Note on the mental hospitals in Burma - 1925-1940
Year: 1925
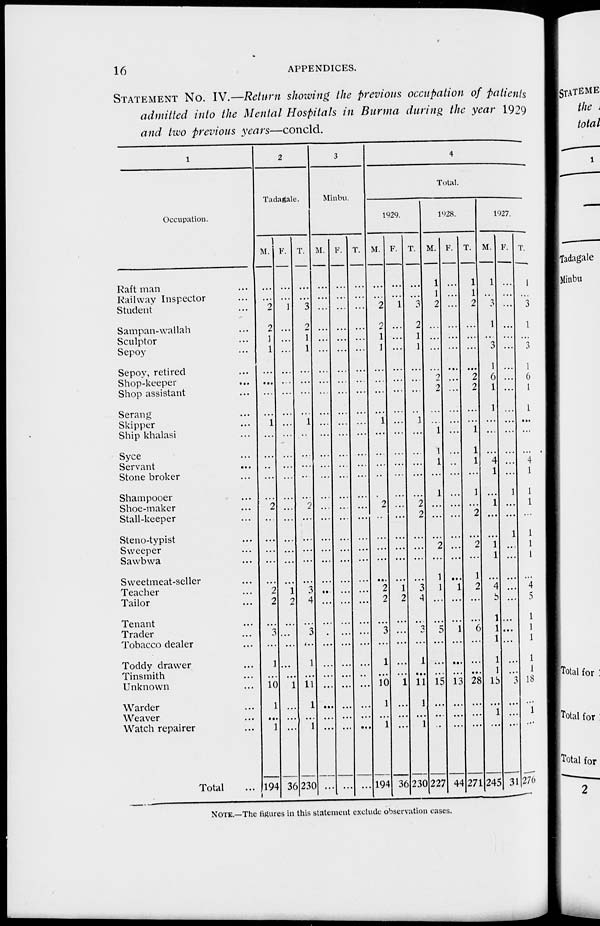
16
APPENDICES.
STATEMENT No. IV.—Return showing the previous occupation of patients
admitted into the Mental Hospitals in Burma during the year 1929
and two previous years—concld.
1
Occupation.
Raft man ...
Railway Inspector ...
Student ...
Sampan-wallah ...
Sculptor ...
Sepoy ...
Sepoy, retired ...
Shop-keeper ...
Shop assistant ...
Serang ...
Skipper ...
Ship khalasi ...
Syce ...
Servant ...
Stone broker ...
Shampooer ...
Shoe-maker ...
Stall-keeper ...
Steno-typist ...
Sweeper ...
Sawbwa ...
Sweetmeat-seller ...
Teacher ...
Tailor ...
Tenant ...
Trader ...
Tobacco dealer ...
Toddy drawer ...
Tinsmith ...
Unknown ...
Warder ...
Weaver ...
Watch repairer ...
Total
...
2
Tadagale.
M.
...
...
2
2
1
1
...
...
...
...
1
...
...
...
...
...
2
...
...
...
...
...
2
2
...
3
...
1
...
10
1
...
1
194
F.
...
...
1
...
...
...
...
...
...
...
...
...
...
...
...
...
...
...
...
...
...
...
1
2
...
...
...
...
...
1
...
...
...
36
T.
...
...
3
2
1
1
...
...
...
...
1
...
...
...
...
...
2
...
...
...
...
...
3
4
...
3
...
1
...
11
1
...
1
230
3
Minbu.
M.
...
...
...
...
...
...
...
...
...
...
...
...
...
...
...
...
...
...
...
...
...
...
...
...
...
...
...
...
...
...
...
...
...
...
F.
...
...
...
...
...
...
...
...
...
...
...
...
...
...
...
...
...
...
...
...
...
...
...
...
...
...
...
...
...
...
...
...
...
...
T.
...
...
...
...
...
...
...
...
...
...
...
...
...
...
...
...
...
...
...
...
...
...
...
...
...
...
...
...
...
...
...
...
...
...
4
Total.
1929.
M.
...
...
2
2
1
1
...
...
...
...
1
...
...
...
...
...
2
...
...
...
...
...
2
2
...
3
...
1
...
10
1
...
1
194
F.
...
...
1
...
...
...
...
...
...
...
...
...
...
...
...
...
...
...
...
...
...
...
1
2
...
...
...
...
...
1
...
...
...
36
T.
...
...
3
2
1
1
...
...
...
...
1
...
...
...
...
...
2
2
...
...
...
...
3
4
...
3
...
1
...
11
1
...
1
230
l928.
M.
1
1
2
...
...
...
...
2
2
...
...
1
1
1
...
1
...
...
...
2
...
1
1
...
...
5
...
...
...
15
...
...
...
227
F.
...
...
...
...
...
...
...
...
...
...
...
...
...
...
...
...
...
...
...
...
...
...
1
...
...
1
...
...
...
13
...
...
...
44
T.
1
1
2
...
...
...
...
2
2
...
...
1
1
1
...
1
...
2
...
2
...
1
2
...
...
6
...
...
...
28
...
...
...
271
1927.
M.
1
...
3
1
...
3
1
6
1
1
...
...
...
4
1
...
1
...
...
1
1
...
4
5
1
1
1
1
1
15
...
1
...
245
F.
...
...
...
...
...
...
...
...
...
...
...
...
...
...
...
1
...
...
1
...
...
...
...
...
...
...
...
...
...
3
...
...
...
31
T.
1
...
3
1
...
3
1
6
1
1
...
...
...
4
1
1
1
...
1
1
1
...
4
5
1
1
1
1
1
18
...
1
...
276
NOTE.—The figures in this statement exclude observation cases.